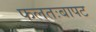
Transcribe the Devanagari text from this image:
फलतःबापट